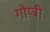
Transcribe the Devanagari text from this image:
गोप्त्री